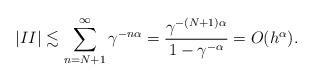
LaTeX: \begin{align*}|II|\lesssim \sum_{n=N+1}^\infty \gamma^{-n\alpha} =\frac{\gamma^{-(N+1)\alpha}}{1-\gamma^{-\alpha}}=O(h^\alpha).\end{align*}